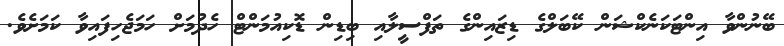
ބޭނުންވާ އިންޓަކަނެކްޝަން ކޭބަލްގެ ޑިޒައިންގެ ތަފްސީލާއި ބިޑިން ޑޮކިއުމަންޓް ހެދުމަށް ހަމަޖެހިފައިވާ ކަމަށެވެ.